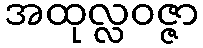
အထုလ္လဝဇ္ဇာ